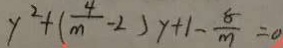
y ^ { 2 } + ( \frac { 4 } { m } - 2 ) y + 1 - \frac { 8 } { m } = 0